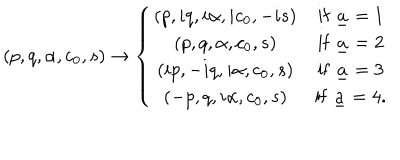
( p , q , \alpha , c _ { 0 } , s ) \to \left\{ \begin{array} { c c } { { ( p , i q , i \alpha , i c _ { 0 } , - i s ) } } & { { \mathrm { i f } \; { \underline { { a } } } = 1 } } \\ { { ( p , q , \alpha , c _ { 0 } , s ) } } & { { \mathrm { i f } \; { \underline { { a } } } = 2 } } \\ { { ( i p , - i q , i \alpha , c _ { 0 } , s ) } } & { { \mathrm { i f } \; { \underline { { a } } } = 3 } } \\ { { ( - p , q , i \alpha , c _ { 0 } , s ) } } & { { \mathrm { i f } \; { \underline { { a } } } = 4 . } } \\ \end{array} \right.